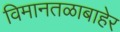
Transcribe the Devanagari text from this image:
विमानतळाबाहेर